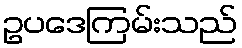
ဥပဒေကြမ်းသည်